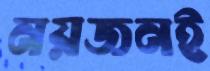
নয়জনই